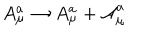
A _ { \mu } ^ { a } \rightarrow A _ { \mu } ^ { a } + \mathcal { A } _ { \mu } ^ { a }